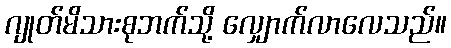
ဂျုတ်မိသားစုဘက်သို့ လျှောက်လာလေသည်။